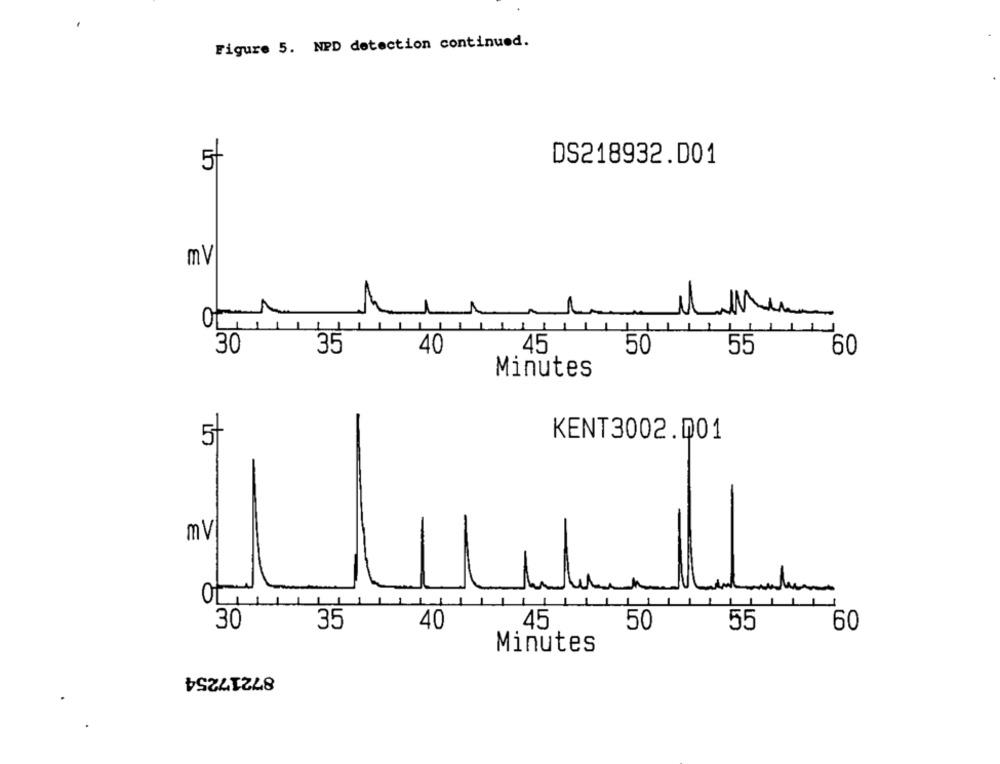
Figure 5. NPD detection continued.
DS218932.D01
5
mV
0
-
11
30
35
40
45
50
60
55
Minutes
KENT3002.001
0
1
30
35
40
45
50
55
60
Minutes
87217254